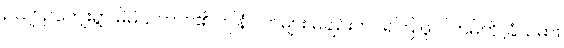
ဥယျာဉ်ကျေးရွာ မိမိသဘာဝ၏ ဤနံပါတ်များ မချဉ်းကပ်ရကြ ဖူလ်ဟမ်ကို ခြံသမား